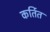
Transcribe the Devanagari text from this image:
कर्तित